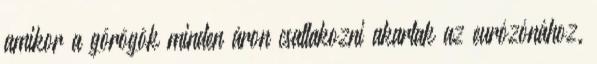
amikor a görögök minden áron csatlakozni akartak az eurózónához.